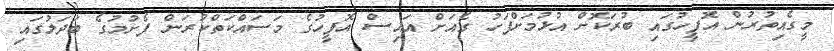
މީގެއިތުރުން އޮފީހުގައި ބުރަކޮށް އުޅުމަށްފަހު ގެއަށް އައިސް އޮފީހުގެ މަސައްކަތްކުރަން ފެށުމުގެ ބަދަލުގައި